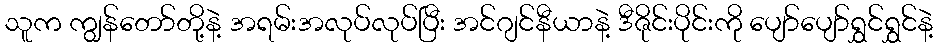
သူက ကျွန်တော်တို့နဲ့ အရမ်းအလုပ်လုပ်ပြီး အင်ဂျင်နီယာနဲ့ ဒီဇိုင်းပိုင်းကို ပျော်ပျော်ရွှင်ရွှင်နဲ့